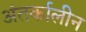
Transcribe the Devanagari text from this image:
अंतर्कालीन